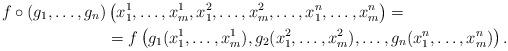
LaTeX: \begin{align*}f \circ (g_1,\ldots,g_n) &\left(x^1_1,\ldots,x^1_m,x^2_1,\ldots,x^2_m,\ldots,x^n_1,\ldots,x^n_m \right)= \\&= f \left(g_1(x^1_1,\ldots,x^1_m),g_2(x^2_1,\ldots,x^2_m),\ldots,g_n(x^n_1,\ldots,x^n_m) \right).\end{align*}